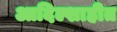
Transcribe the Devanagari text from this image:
आदिल्शाहीत